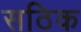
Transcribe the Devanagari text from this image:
सठिक